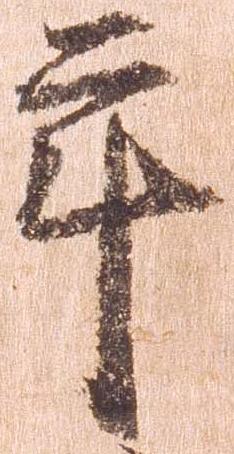
年